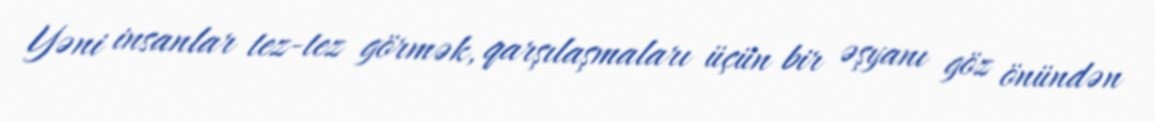
Yəni insanlar tez-tez görmək, qarşılaşmaları üçün bir əşyanı göz önündən